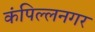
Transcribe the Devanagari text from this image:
कंपिल्लनगर